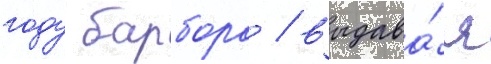
году барбора / выдава́я